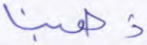
ذهبنا